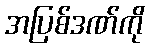
အပြစ်ဒဏ်ကို